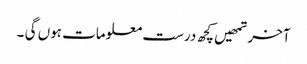
آخر تمھیں کچھ درست معلومات ہوں گی ۔